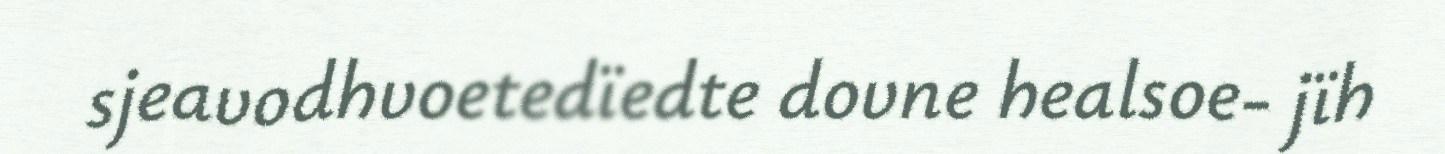
sjeavodhvoetedïedte dovne healsoe- jïh